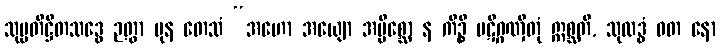
သုပ္ပတိဋ္ဌိတသဒ္ဓေ ဉတွာ ပုန တေသံ “အဟော အယျော အပ္ပိစ္ဆော န ကိဉ္စိ ပဋိဂ္ဂဏှိတုံ ဣစ္ဆတိ, သုလဒ္ဓံ ဝတ နော